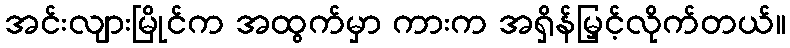
အင်းလျားမြိုင်က အထွက်မှာ ကားက အရှိန်မြှင့်လိုက်တယ်။